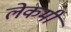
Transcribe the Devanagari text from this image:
लेकमी